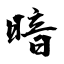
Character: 暗